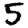
Digit: 5